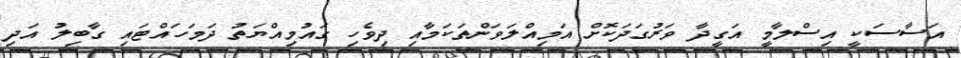
އަސާސަކީ އިސްލާމީ އަގީދާ ވަރުގަދަކޮށް އަމިއްލަވަންތަކަމާއި ދިވެހި ގައުމިއްޔަތު ދަމަހައްޓައި ގާބިލު އަދި